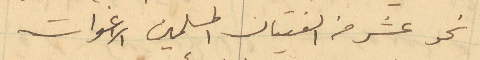
نحو عشر من الفتيان المسلمين الاغوات